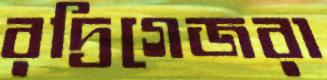
রদ্রিগেজরা